Report on the Nagpur School of Medicine, Central Provinces
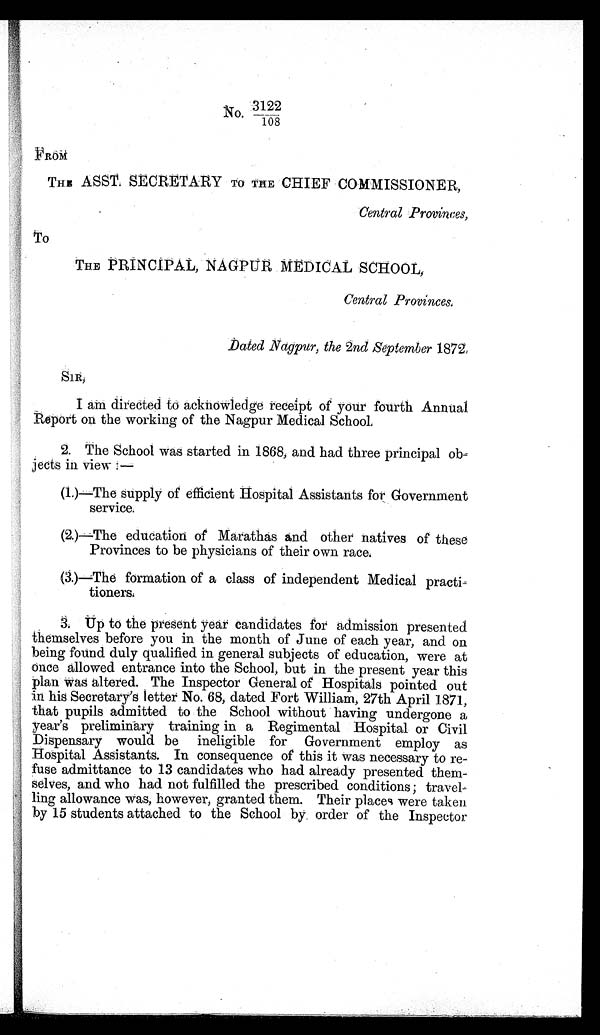
No. 3122/108
FROM
THE ASST. SECRETARY To THE CHIEF COMMISSIONER,
Central Provinces,
To
THE P RINCIPAL N A G P U I R M E D I A L S C H O O L ,
Central Provinces.
Dated Nagpur, the 2nd September 1872.
SIR,
I am directed to acknowledge receipt of your fourth Annual
Report on the working of the Nagpur Medical School.
2. The School was started in 1868, and had three principal
ob-jects in view:—
(1.)—The supply of efficient Hospital Assistants for Government
service.
(2.)—The education of Marathas and other natives of these
Provinces to be physicians of their own race.
(3.)—The formation of a class of independent Medical practi-
tioners.
3 . U p t o t h e p r e s e n t y e a r c a n d i d a t e s f o r a d m i s s i o n p r e s e n t e d
themselves before you in the month of June of each year, and on
being found duly qualified in general subjects of education, were at
once allowed entrance into the School, but in the present year this
plan was altered. The Inspector General of Hospitals pointed out
in his Secretary's letter No. 68, dated Fort William, 27th April 1871,
that pupils admitted to the School without having undergone a
year's preliminary training in a Regimental Hospital or Civil
Dispensary would be ineligible for Government employ as
Hospital Assistants. In consequence of this it was necessary to
r e - f u s e a d m i t t a n c e
t o 1 3
candidates who had already presented them-
selves, and who had not fulfilled the prescribed conditions; travel
-ling allowance was, however, granted them. Their places were taken
by 15 students attached to the School by order of the Inspector